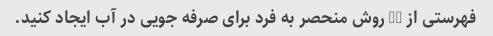
فهرستی از 10 روش منحصر به فرد برای صرفه جویی در آب ایجاد کنید.